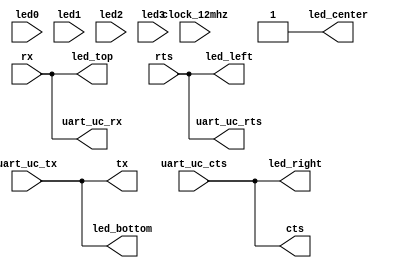

module top(
    // main crystal oscillator
    input  clock_12mhz,

    // FPGA's UART port to PC
    // via FTDI FT2232H USB-Serial IC
    input  rx,
    output tx,
    input  rts,
    output cts,

    // onboard LEDs
    output led_bottom,
    output led_center,
    output led_top,
    output led_left,
    output led_right,

    // uC's UART port
    // naming as seen from uC
    output uart_uc_rx,
    input  uart_uc_tx,
    output uart_uc_rts,
    input  uart_uc_cts,

    // debug LED signals from uC
    input  led0,
    input  led1,
    input  led2,
    input  led3
    );

    /**
     * UART pass-through
     * from FTDI chip to uC
     */
    assign uart_uc_rx = rx;
    assign tx = uart_uc_tx;
    assign uart_uc_rts = rts;
    assign cts = uart_uc_cts;

    /*
     * debug LEDs
     */
    assign led_center = 1;
    assign led_top = rx;
    assign led_bottom = uart_uc_tx;
    assign led_left = rts;
    assign led_right = uart_uc_cts;

endmodule